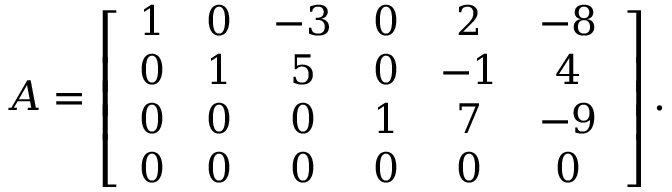
A = \left[ { \begin{array} { c c c c c c } { 1 } & { 0 } & { - 3 } & { 0 } & { 2 } & { - 8 } \\ { 0 } & { 1 } & { 5 } & { 0 } & { - 1 } & { 4 } \\ { 0 } & { 0 } & { 0 } & { 1 } & { 7 } & { - 9 } \\ { 0 } & { 0 } & { 0 } & { 0 } & { 0 } & { 0 } \end{array} } \, \right] .